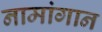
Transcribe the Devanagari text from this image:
नामांगान